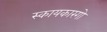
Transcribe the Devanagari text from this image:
स्कायकारगो